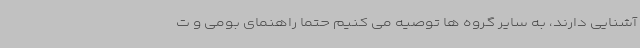
آشنایی دارند، به سایر گروه ها توصیه می کنیم حتما راهنمای بومی و ت